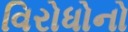
વિરોધોનો